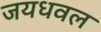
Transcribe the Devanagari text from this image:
जयधवल